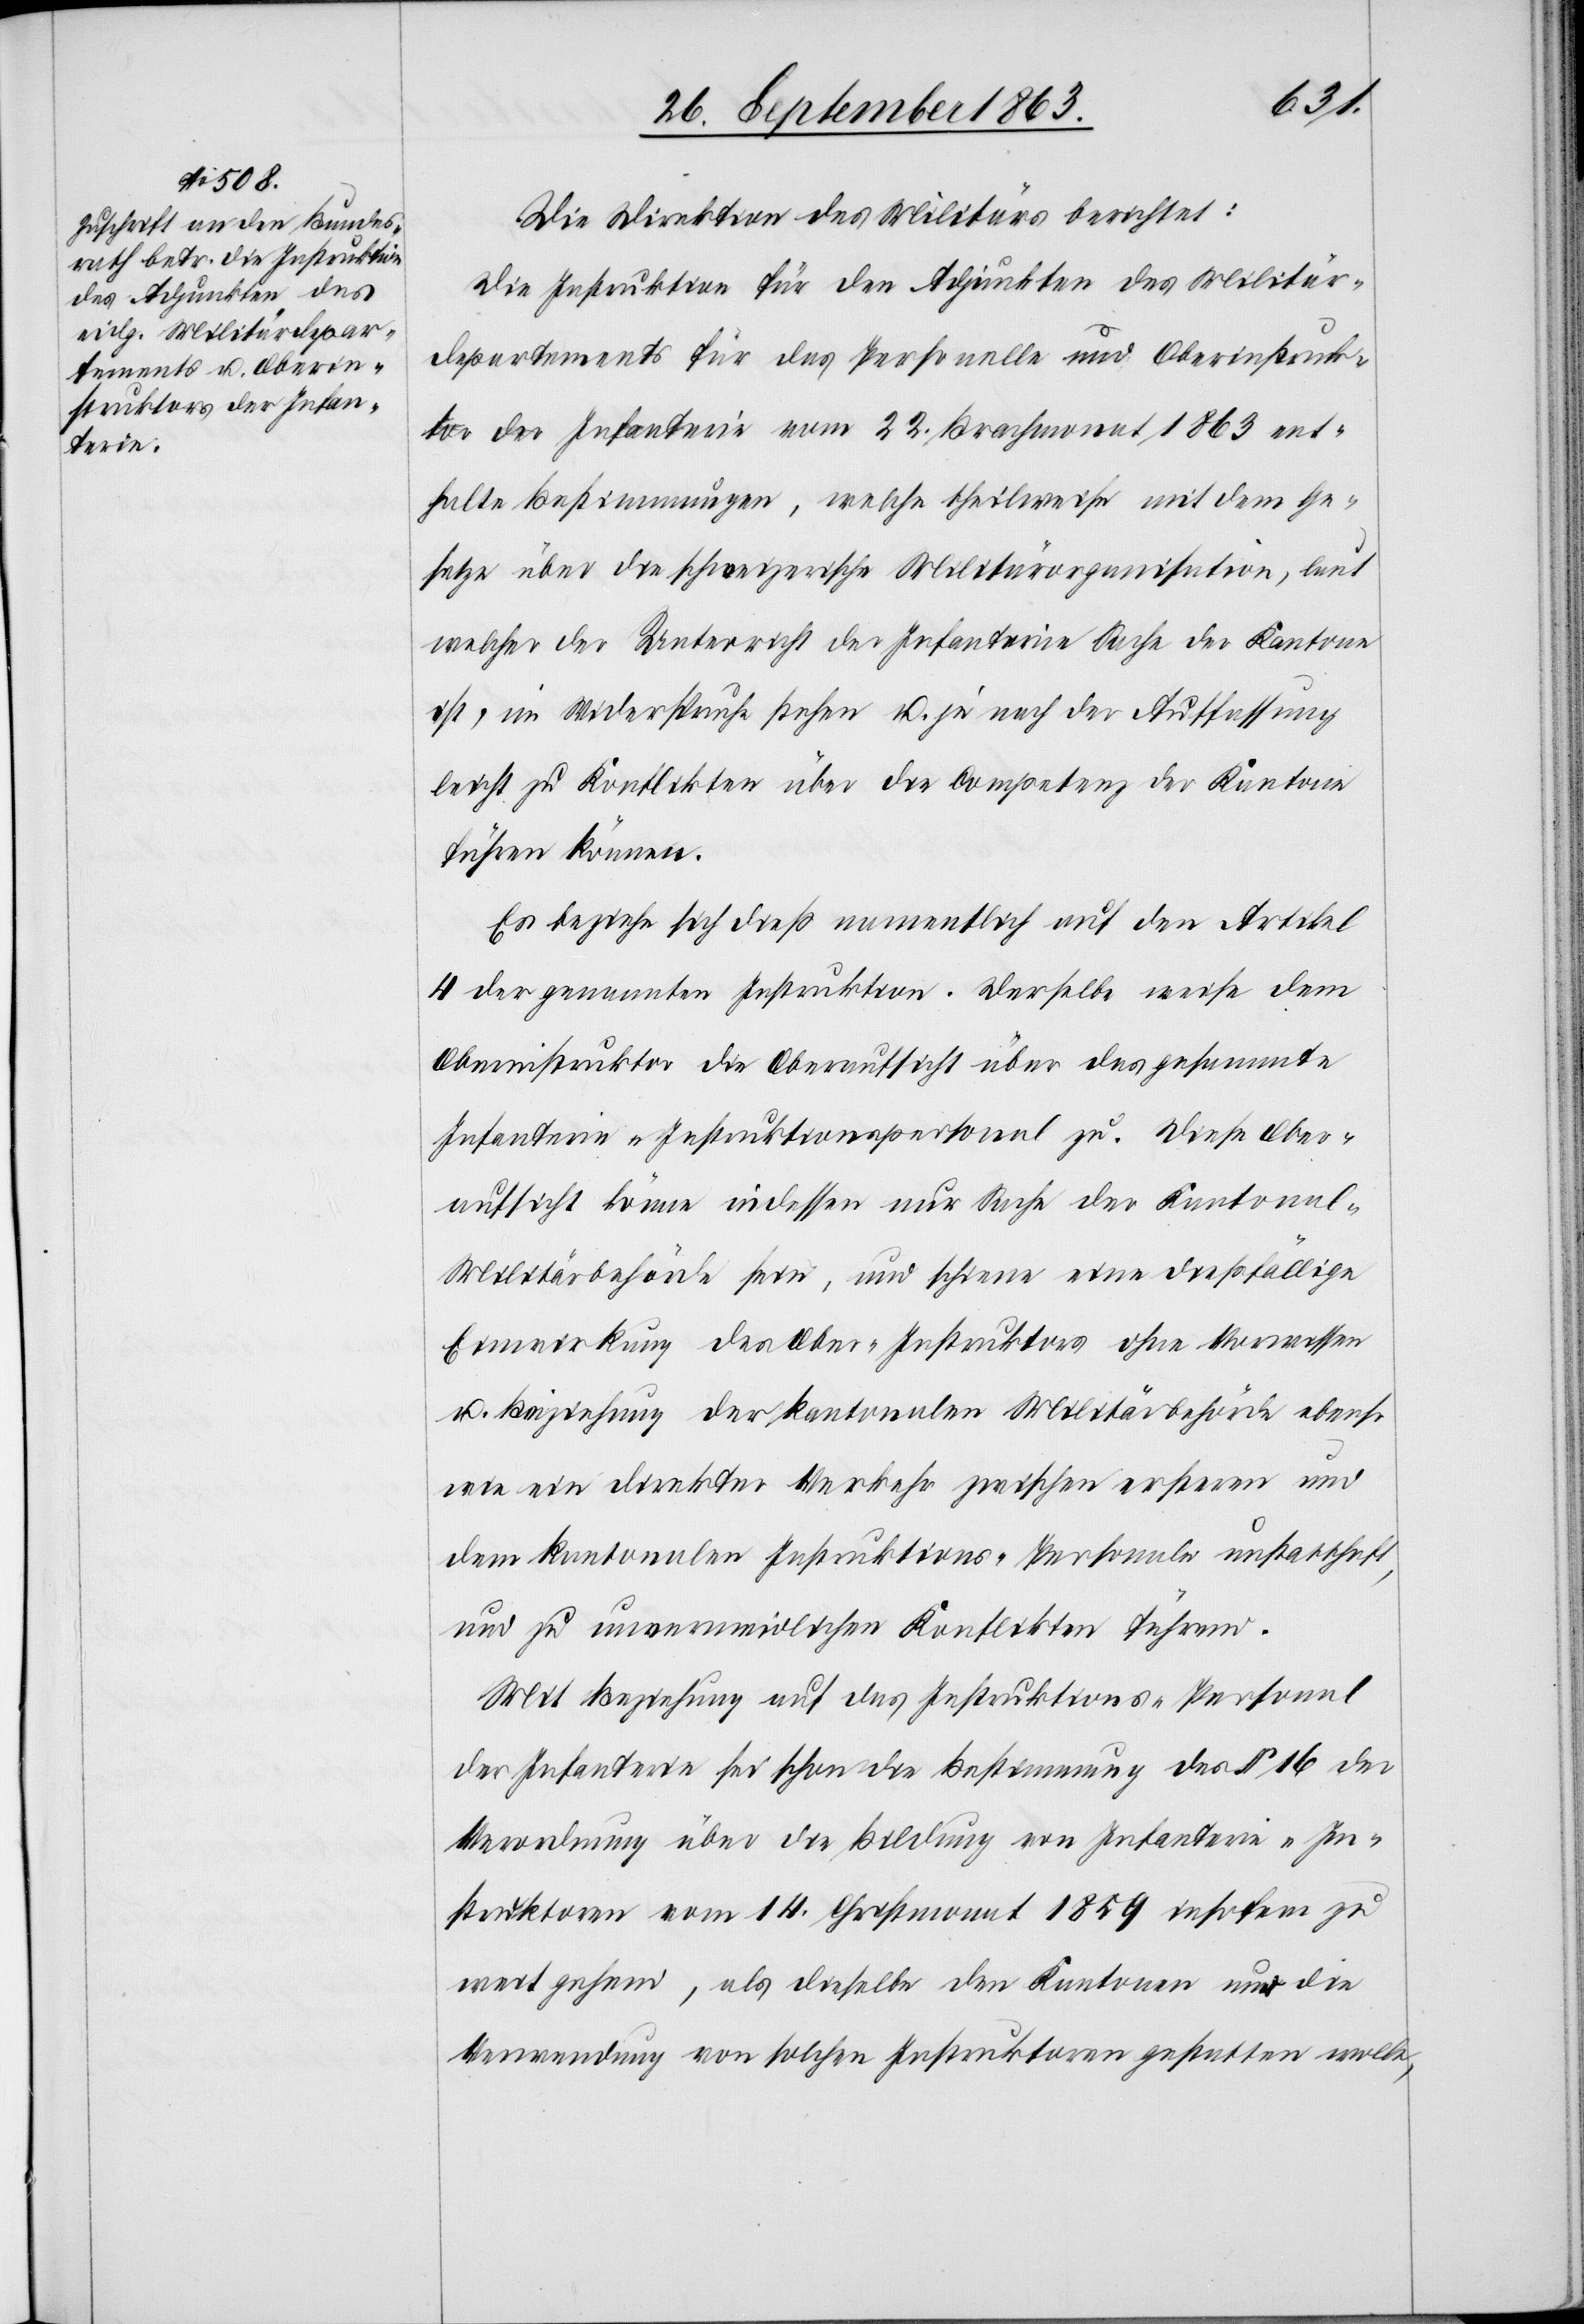
Die Direktion des Militärs berichtet:
Die Instruktion für den Adjunkten des Militär¬
departements für das Personelle und Oberinstruk¬
tor der Infanterie vom 22. Brachmonat 1863 ent¬
halte Bestimmungen, welche theilweise mit dem Ge¬
setze über die schweizerische Militärorganisation, laut
welcher der Unterricht der Infanterie Sache der Kantone
ist, im Widerspruche stehen u. je nach der Auffassung
leicht zu Konflikten über die Competenz der Kantone
führen können.
Es beziehe sich dieß namentlich auf den Artikel
4 der genannten Instruktion. Derselbe weise dem
Oberinstruktor die Oberaufsicht über das gesammte
Infanterie-Instruktionspersonal zu. Diese Ober¬
aufsicht könne indessen nur Sache der Kantonal-M¬
ilitärbehörde sein, und schiene eine dießfällige
Einwirkung des Ober-Instruktors ohne Vorwissen
u. Beziehung der kantonalen Militärbehörde ebenso
wie ein direkter Verkehr zwischen ersteren und
dem kantonalen Instruktions-Personale unstatthaft,
und zu unvermeidlichen Konflikten führend.
Mit Beziehung auf das Instruktions-Personal
der Infanterie sei schon die Bestimmung des § 16 der
Verordnung über die Bildung von Infanterie-In¬
struktoren vom 14. Christmonat 1859 insofern zu
weit gehend, als dieselbe den Kantonen nur die
Verwendung von solchen Instruktoren gestatten wolle,